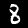
Label: 8